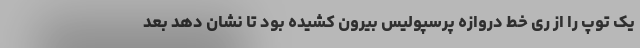
یک توپ را از ری خط دروازه پرسپولیس بیرون کشیده بود تا نشان دهد بعد